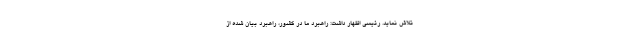
تلاش نماید. رئیسی اظهار داشت: راهبرد ما در کشور، راهبرد بیان شده از